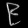
Digit: ၉